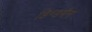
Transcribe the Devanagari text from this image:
डिन्डमैन